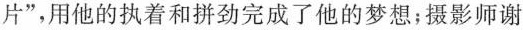
片”，用他的执着和拼劲完成了他的梦想；摄影师谢